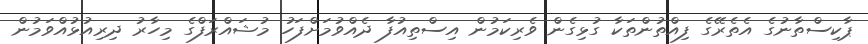
ޕާކިސްތާނުގެ އެތެރޭގެ ފިއްތުންތަކާ ގުޅިގެން ވެރިކަމުން އިސްތިއުފާ ދެއްވުމަށްފަހު މުޝައްރަފްގެ މިހާރު ދިރިއުޅުއްވަމުން